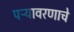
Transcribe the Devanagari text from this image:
पऱ्यावरणाचे